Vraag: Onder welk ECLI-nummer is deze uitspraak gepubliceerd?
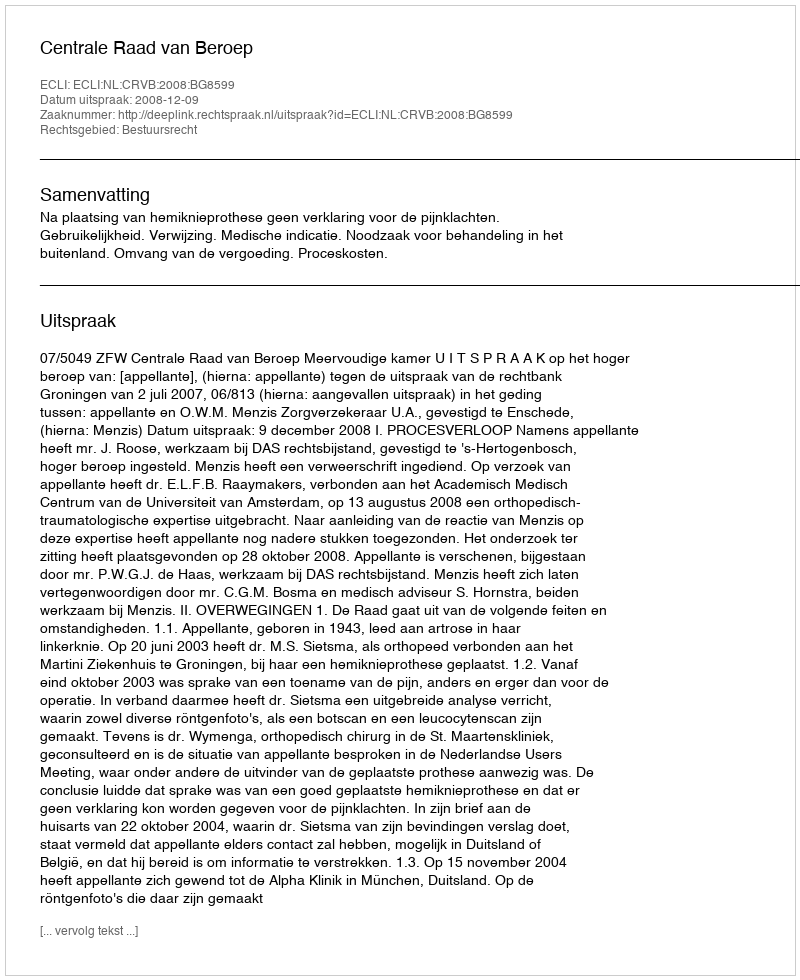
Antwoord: ECLI:NL:CRVB:2008:BG8599